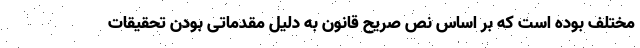
مختلف بوده است که بر اساس نص صریح قانون به دلیل مقدماتی بودن تحقیقات